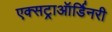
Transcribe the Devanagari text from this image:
एक्सट्राऑर्डिनरी